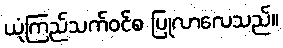
ယုံကြည်သက်ဝင်စ ပြုလာလေသည်။